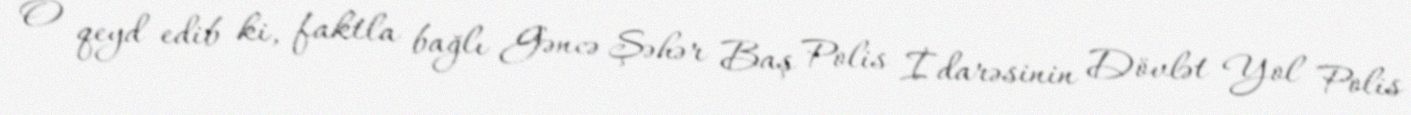
O qeyd edib ki, faktla bağlı Gəncə Şəhər Baş Polis İdarəsinin Dövlət Yol Polis